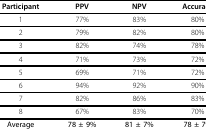
| Participant | PPV | NPV | Accuracy |
 | --- | --- | --- | --- |
 | 1 | 77% | 83% | 80% |
 | 2 | 79% | 82% | 80% |
 | 3 | 82% | 74% | 78% |
 | 4 | 71% | 73% | 72% |
 | 5 | 69% | 71% | 72% |
 | 6 | 94% | 92% | 90% |
 | 7 | 82% | 86% | 83% |
 | 8 | 67% | 83% | 70% |
 | Average | 78 ± 9% | 81 ± 7% | 78 ± 7% |